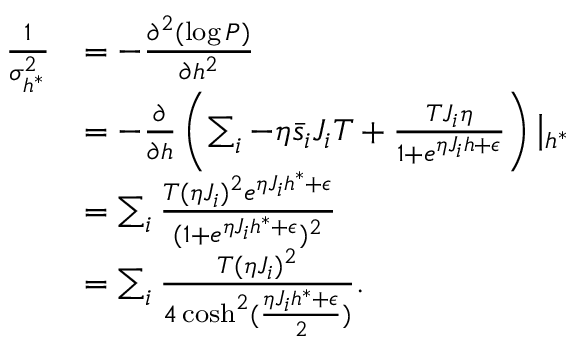
\begin{array} { r l } { \frac { 1 } { \sigma _ { h ^ { * } } ^ { 2 } } } & { = - \frac { \partial ^ { 2 } ( \log P ) } { \partial h ^ { 2 } } } \\ & { = - \frac { \partial } { \partial h } \left( \sum _ { i } - \eta \bar { s } _ { i } J _ { i } T + \frac { T J _ { i } \eta } { 1 + e ^ { \eta J _ { i } h + \epsilon } } \right) \left| _ { h ^ { * } } \right. } \\ & { = \sum _ { i } \frac { T ( \eta J _ { i } ) ^ { 2 } e ^ { \eta J _ { i } h ^ { * } + \epsilon } } { ( 1 + e ^ { \eta J _ { i } h ^ { * } + \epsilon } ) ^ { 2 } } } \\ & { = \sum _ { i } \frac { T ( \eta J _ { i } ) ^ { 2 } } { 4 \cosh ^ { 2 } ( \frac { \eta J _ { i } h ^ { * } + \epsilon } { 2 } ) } . } \end{array}